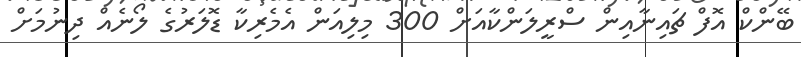
ބޭންކް އޮފް ޗައިނާއިން ސްރީލަންކާއަށް 300 މިލިއަން އެމެރިކާ ޑޮލަރުގެ ލޯނެއް ދިނުމަށް